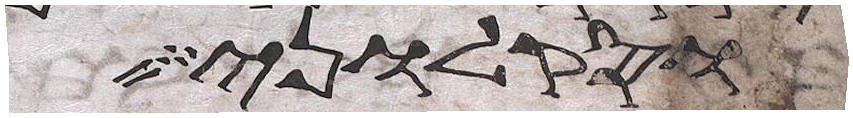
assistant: וסקלוני